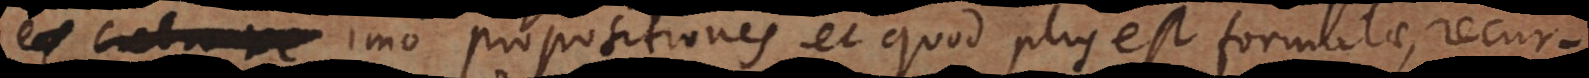
re imo propositiones et quod plus est formulae, recur